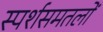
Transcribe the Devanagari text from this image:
स्पर्शसमतलों